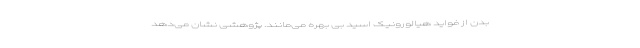
بدن از فواید هیالورونیک اسید بی بهره می‌مانند. پژوهشی نشان می‌دهد